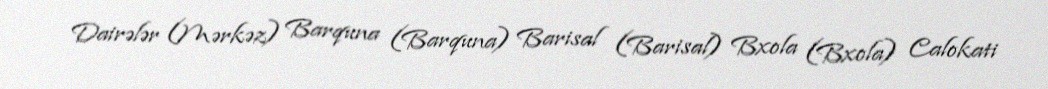
Dairələr (Mərkəz) Barquna (Barquna) Barisal (Barisal) Bxola (Bxola) Calokati